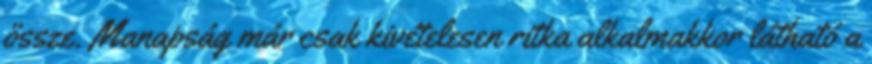
össze. Manapság már csak kivételesen ritka alkalmakkor látható a